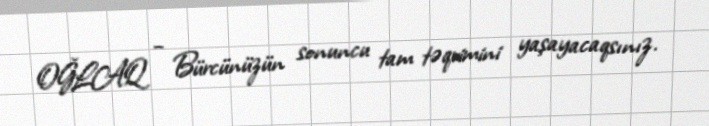
OĞLAQ – Bürcünüzün sonuncu tam təqvimini yaşayacaqsınız.